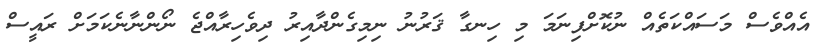
އެއްވެސް މަސައްކަތެއް ނުކޮށްފިނަމަ މި ހިނގާ ޤަރުނު ނިމިގެންދާއިރު ދިވެހިރާއްޖެ ނޯންނާނެކަމަށް ރައީސް